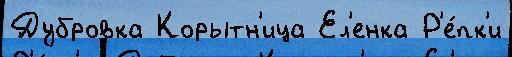
Дубровка Корытн'ица Ел'енка Р'е́пк'и